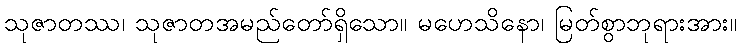
သုဇာတဿ၊ သုဇာတအမည်တော်ရှိသော။ မဟေသိနော၊ မြတ်စွာဘုရားအား။